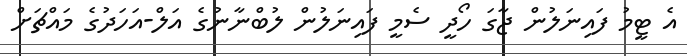
އެ ޓީމު ފައިނަލުން ޖާގަ ހޯދީ ސެމީ ފައިނަލުން ލުބްނާނުގެ އަލް-އަހަދުގެ މައްޗަށް